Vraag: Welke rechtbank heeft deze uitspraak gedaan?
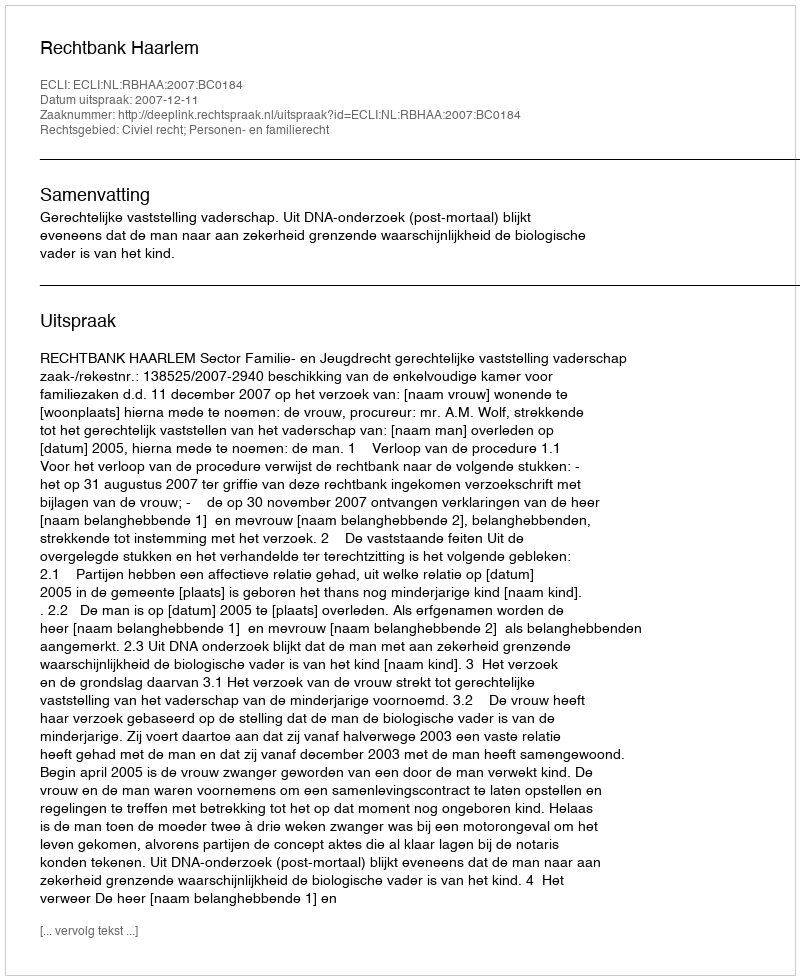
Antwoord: Rechtbank Haarlem